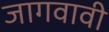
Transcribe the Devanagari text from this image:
जागवावी